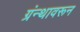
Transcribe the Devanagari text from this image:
ग्रंन्थावरून